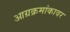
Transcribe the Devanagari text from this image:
आग्रक्रमांकावर